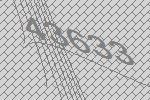
43633